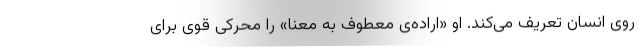
روی انسان تعریف می‌کند. او «اراده‌ی معطوف به معنا» را محرکی قوی برای